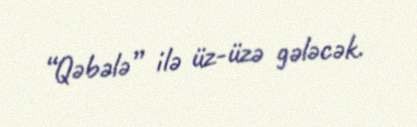
“Qəbələ” ilə üz-üzə gələcək.